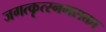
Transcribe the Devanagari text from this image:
जगत्कृत्स्नमसक्ता